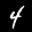
Label: 4